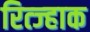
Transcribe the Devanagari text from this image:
रित्ज्हाक